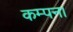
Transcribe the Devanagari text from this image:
कम्पन।